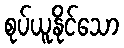
စုပ်ယူနိုင်သော